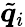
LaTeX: \tilde{\boldsymbol{q}}_{i}